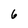
Character: 6